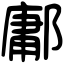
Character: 鄘